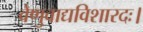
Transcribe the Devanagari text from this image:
वेणुवाद्यविशारदः।